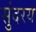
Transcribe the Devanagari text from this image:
सुंदरय